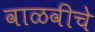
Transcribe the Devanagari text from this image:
वाळवीचे